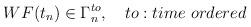
LaTeX: \begin{align*}WF(t_{n})\in \Gamma _{n}^{to},\quad to:time\,\,ordered\end{align*}